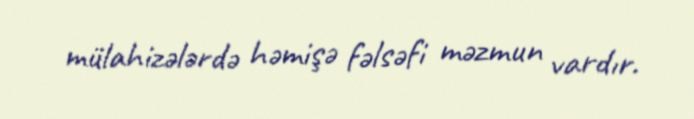
mülahizələrdə həmişə fəlsəfi məzmun vardır.